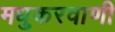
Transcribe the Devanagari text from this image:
मधुकरवाणी